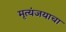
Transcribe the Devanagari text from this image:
मृत्यंजयाचा